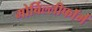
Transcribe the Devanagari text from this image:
मोर्बिल्लीफॉर्म